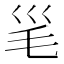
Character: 𣬡